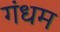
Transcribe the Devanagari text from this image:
गंधम